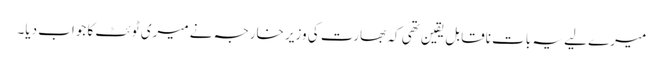
میرے لیے یہ بات ناقابل یقین تھی کہ بھارت کی وزیر خارجہ نے میری ٹوئٹ کا جواب دیا۔